Mental hospitals Bombay report 1921-28 - 1921-1928
Year: 1921
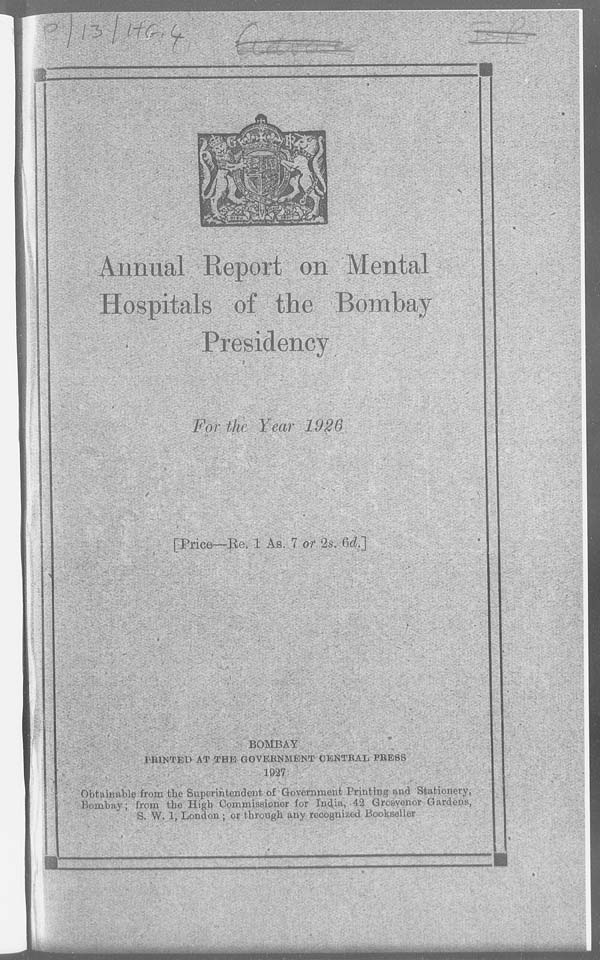
Annual Report on Mental
Hospitals of the Bombay
Presidency
For the Year 1926
[ Price—Re. 1 As. 7 or 2s. 6d.]
BOMBAY
PRINTED AT THE GOVERNMENT CENTRAL PRESS
1927
Obtainable from the Superintendent of Government Printing and Stationery,
Bombay ; from the High Commissioner for India, 42 Grosvenor Gardens,
S. W. 1, London ; or through any recognized Bookseller